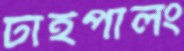
টাইপালং